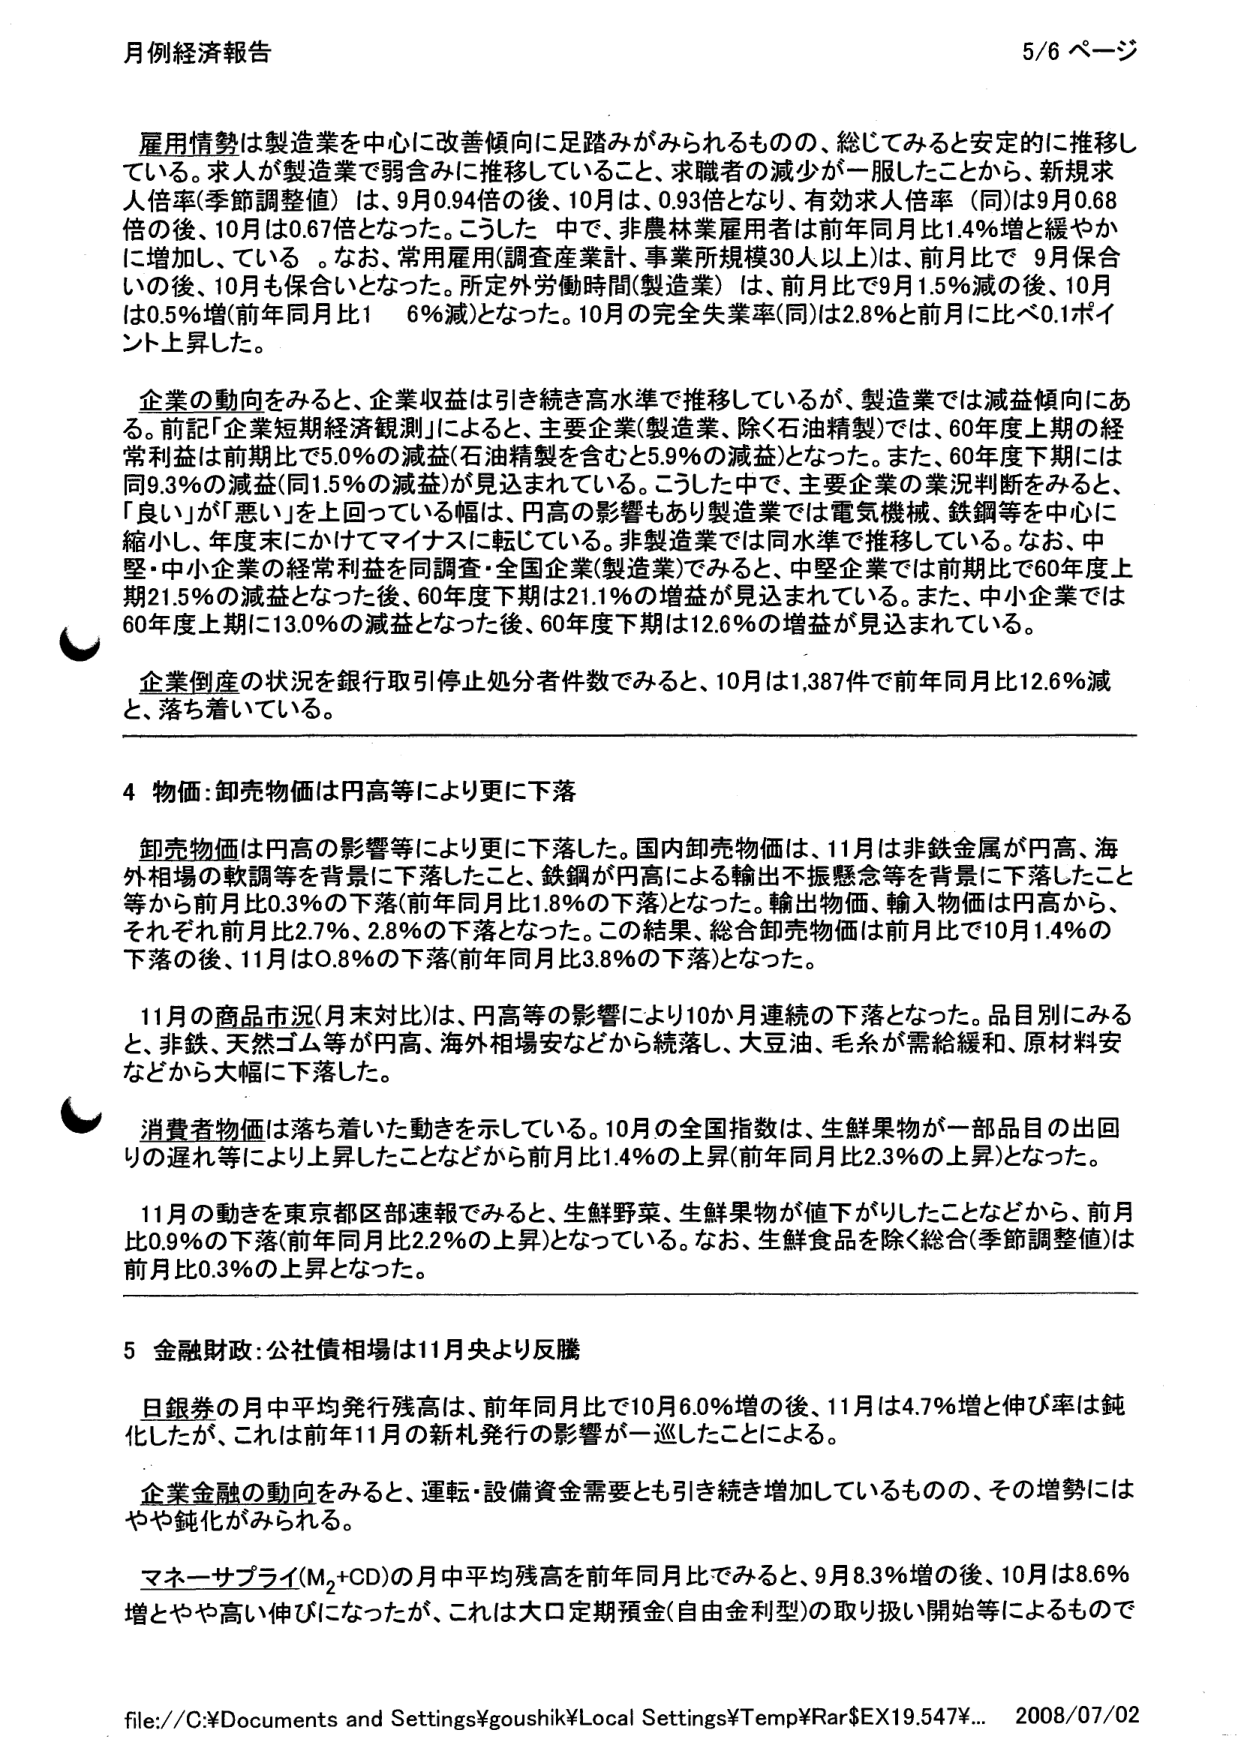
月例経済報告 5/6 ページ

雇用情勢は製造業を中心に改善傾向に足踏みがみられるものの、総じてみると安定的に推移している。求人が製造業で弱含みに推移していること、求職者の減少が一服したことから、新規求人倍率(季節調整値)は、9月0.94倍の後、10月は、0.93倍となり、有効求人倍率(同)は9月0.68倍の後、10月は0.67倍となった。こうした中で、非農林業雇用者は前年同月比1.4%増と緩やかに増加している。なお、常用雇用(調査産業計、事業所規模30人以上)は、前月比で9月保合の後、10月も保合いとなった。所定外労働時間(製造業)は、前月比で9月1.5%減の後、10月は0.5%増(前年同月比1.6%減)となった。10月の完全失業率(同)は2.8%と前月に比べ0.1ポイント上昇した。

企業の動向をみると、企業収益は引き続き高水準で推移しているが、製造業では減益傾向にある。前記「企業短期経済観測」によると、主要企業(製造業、除く石油精製)では、60年度上期の経常利益は前期比で5.0%の減益(石油精製を含むと5.9%の減益)となった。また、60年度下期には同9.3%の減益(同1.5%の減益)が見込まれている。こうした中で、主要企業の業況判断をみると、「良い」が「悪い」を上回っている幅は、円高の影響もあり製造業では電気機械、鉄鋼等を中心に縮小し、年度末にかけてマイナスに転じている。非製造業では同水準で推移している。なお、中堅・中小企業の経常利益を同調査・全国企業(製造業)でみると、中堅企業では前期比で60年度上期21.5%の減益となった後、60年度下期は21.1%の増益が見込まれている。また、中小企業では60年度上期に13.0%の減益となった後、60年度下期は12.6%の増益が見込まれている。

企業倒産の状況を銀行取引停止処分者件数でみると、10月は1,387件で前年同月比12.6%減と、落ち着いている。

4 物価：卸売物価は円高等により更に下落

卸売物価は円高の影響等により更に下落した。国内卸売物価は、11月は非鉄金属が円高、海外相場の軟調等を背景に下落したこと、鉄鋼が円高による輸出不振懸念等を背景に下落したこと等から前月比0.3%の下落(前年同月比1.8%の下落)となった。輸出物価、輸入物価は円高から、それぞれ前月比2.7%、2.8%の下落となった。この結果、総合卸売物価は前月比で10月1.4%の下落の後、11月は0.8%の下落(前年同月比3.8%の下落)となった。

11月の商品市況(月末対比)は、円高等の影響により10か月連続の下落となった。品目別にみると、非鉄、天然ゴム等が円高、海外相場安などから続落し、大豆油、毛糸が需給緩和、原材料安などから大幅に下落した。

消費者物価は落ち着いた動きを示している。10月の全国指数は、生鮮果物が一部品目の出回りの遅れ等により上昇したことなどから前月比1.4%の上昇(前年同月比2.3%の上昇)となった。

11月の動きを東京都区部速報でみると、生鮮野菜、生鮮果物が値下がりしたことなどから、前月比0.9%の下落(前年同月比2.2%の上昇)となっている。なお、生鮮食品を除く総合(季節調整値)は前月比0.3%の上昇となった。

5 金融財政：公社債相場は11月央より反騰

日銀券の月中平均発行残高は、前年同月比で10月6.0%増の後、11月は4.7%増と伸び率は鈍化したが、これは前年11月の新札発行の影響が一巡したことによる。

企業金融の動向をみると、運転・設備資金需要とも引き続き増加しているものの、その増勢にはやや鈍化がみられる。

マネーサプライ(M2+CD)の月中平均残高を前年同月比でみると、9月8.3%増の後、10月は8.6%増とやや高い伸びになったが、これは大口定期預金(自由金利型)の取り扱い開始等によるもので

file://C:\Documents and Settings\goushik\Local Settings\Temp\Ral\EX19.547¥... 2008/07/02